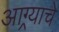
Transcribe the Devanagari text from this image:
आग्र्याचे